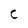
Character: c